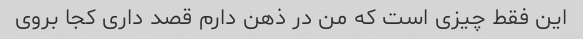
این فقط چیزی است که من در ذهن دارم قصد داری کجا بروی